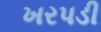
ખરપડી